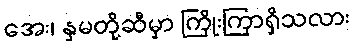
အေး၊ နှမတို့ဆီမှာ ကြိုးကြာရှိသလား